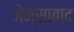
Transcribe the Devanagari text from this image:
जेम्साबाद